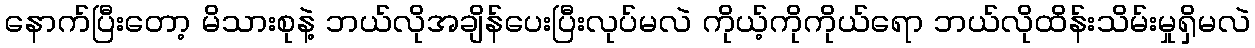
နောက်ပြီးတော့ မိသားစုနဲ့ ဘယ်လိုအချိန်ပေးပြီးလုပ်မလဲ ကိုယ့်ကိုကိုယ်ရော ဘယ်လိုထိန်းသိမ်းမှုရှိမလဲ